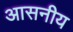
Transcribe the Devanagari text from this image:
आसनीय